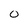
Character: O